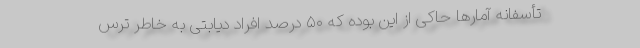
تأسفانه آمارها حاکی از این بوده که ۵۰ درصد افراد دیابتی به خاطر ترس